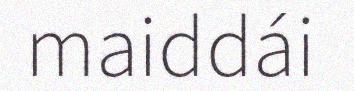
maiddái